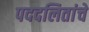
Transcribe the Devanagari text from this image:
पददलितांचे